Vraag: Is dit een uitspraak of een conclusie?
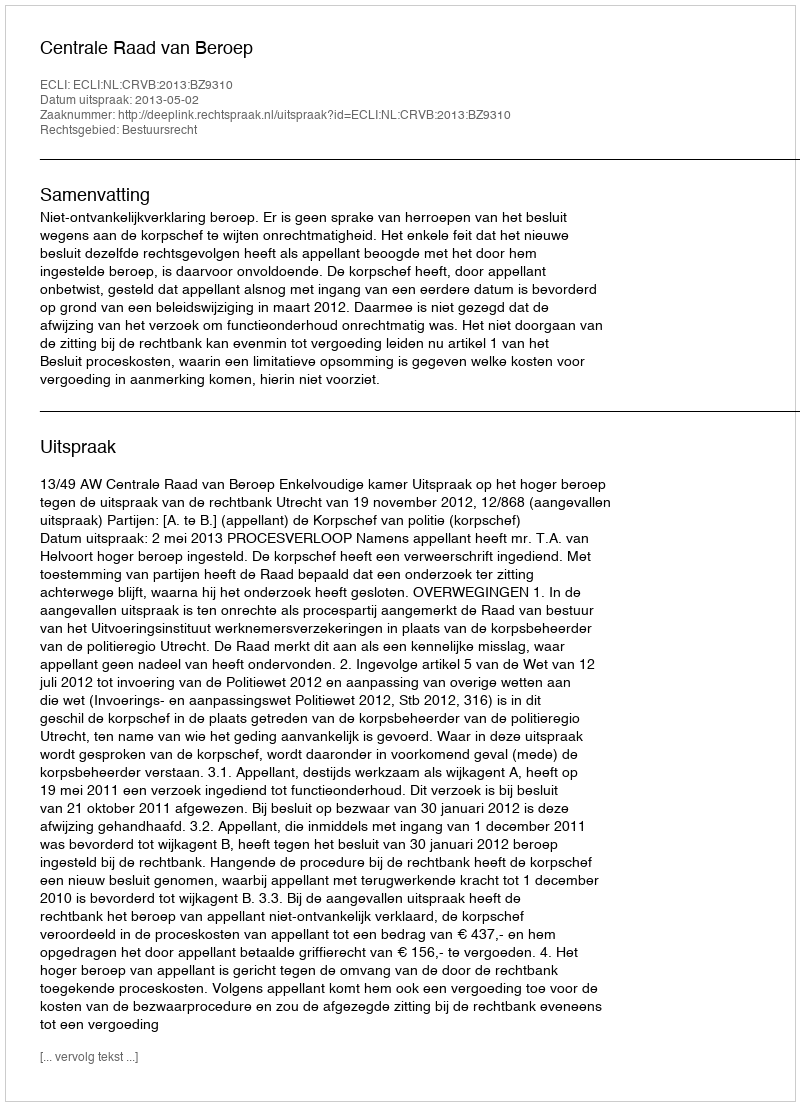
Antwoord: Uitspraak